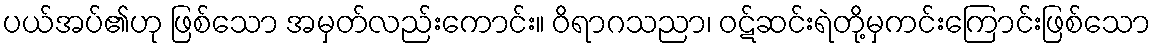
ပယ်အပ်၏ဟု ဖြစ်သော အမှတ်လည်းကောင်း။ ဝိရာဂသညာ၊ ဝဋ်ဆင်းရဲတို့မှကင်းကြောင်းဖြစ်သော